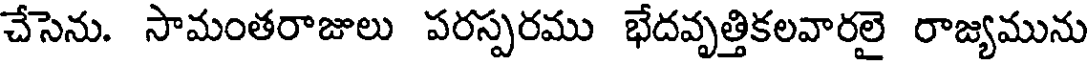
చేసెను. సామంతరాజులు పరస్పరము భేదవృత్తికలవారలై రాజ్యమును